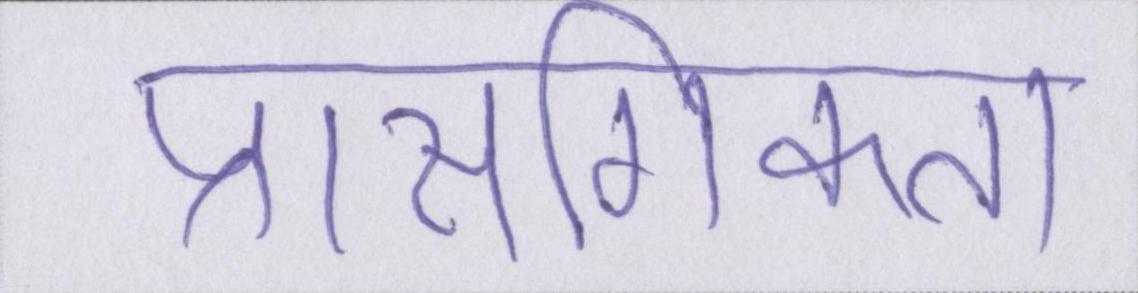
प्रासंगिकता